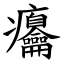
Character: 㿜